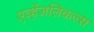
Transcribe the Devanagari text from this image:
एव्हेंजलिकल्स